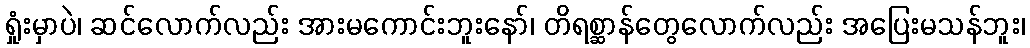
ရှုံးမှာပဲ၊ ဆင်လောက်လည်း အားမကောင်းဘူးနော်၊ တိရစ္ဆာန်တွေလောက်လည်း အပြေးမသန်ဘူး၊